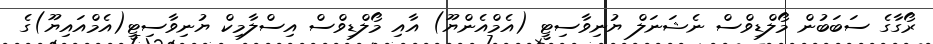
ރޯގާގެ ސަބަބުން މޯލްޑިވްސް ނެޝަނަލް ޔުނިވާސިޓީ (އެމްއެންޔޫ) އާއި މޯލްޑިވްސް އިސްލާމިކް ޔުނިވާސިޓީ(އެމްއައިޔޫ)ގެ